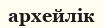
архейлік